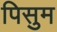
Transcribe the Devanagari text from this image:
पिसुम